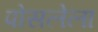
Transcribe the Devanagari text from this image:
पोसलेला